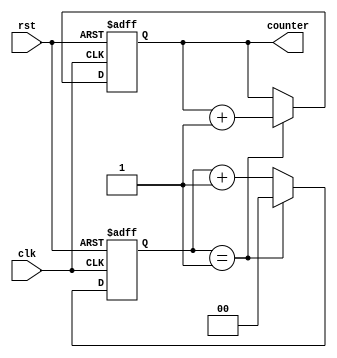
module Loop_with_Skip(
    input wire clk,
    input wire rst,
    output reg [3:0] counter
);

reg [1:0] skip_counter = 2'd0;

always @(posedge clk or posedge rst) begin
    if (rst) begin
        counter <= 4'd0;
        skip_counter <= 2'd0;
    end else begin
        if (skip_counter == 2'd1) begin
            skip_counter <= 2'd0;
            counter <= counter + 1;
        end else begin
            skip_counter <= skip_counter + 1;
        end
    end
end

endmodule